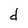
Character: d